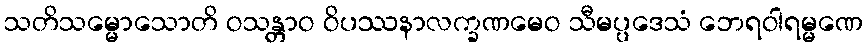
သတိသမ္မောသောတိ ဝသန္တာဝ ဝိပဿနာလက္ခဏမေဝ သီမပ္ပဒေသံ ဘေရဝါရမ္မဏေ